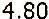
4.80